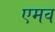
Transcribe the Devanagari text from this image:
एमव